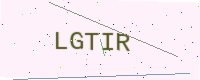
Text: LGTIR